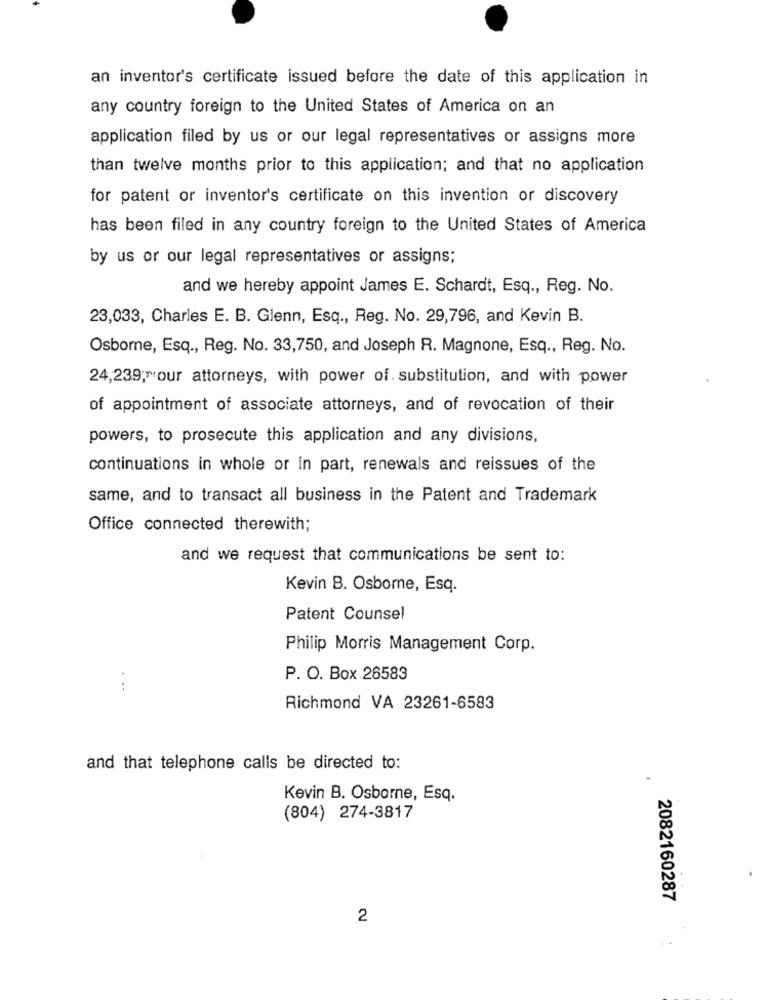
an inventor's certificate issued before the date of this application in
any country foreign to the United States of America on an
application filed by us or our legal representatives or assigns more
than twelve months prior to this application; and that no application
for patent or inventor's certificate on this invention or discovery
has been filed in any country foreign to the United States of America
by us or our legal representatives or assigns;
and we hereby appoint James E. Schardt, Esq ., Reg. No.
23,033, Charles E. B. Glenn, Esq ., Reg. No. 29,796, and Kevin B.
Osborne, Esq ., Reg. No. 33,750, and Joseph R. Magnone, Esq ., Reg. No.
24,239; our attorneys, with power of. substitution, and with power
of appointment of associate attorneys, and of revocation of their
powers, to prosecute this application and any divisions,
continuations in whole or in part, renewals and reissues of the
same, and to transact all business in the Patent and Trademark
Office connected therewith;
and we request that communications be sent to:
Kevin B. Osborne, Esq.
Patent Counsel
Philip Morris Management Corp.
P. O. Box 26583
Richmond VA 23261-6583
and that telephone calls be directed to:
Kevin B. Osborne, Esq.
(804) 274-3817
2082160287
2